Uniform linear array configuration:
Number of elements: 4
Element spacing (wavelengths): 1
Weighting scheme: kaiser
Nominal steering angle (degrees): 30
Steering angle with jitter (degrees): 28.855
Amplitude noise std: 0.05
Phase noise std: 0.05

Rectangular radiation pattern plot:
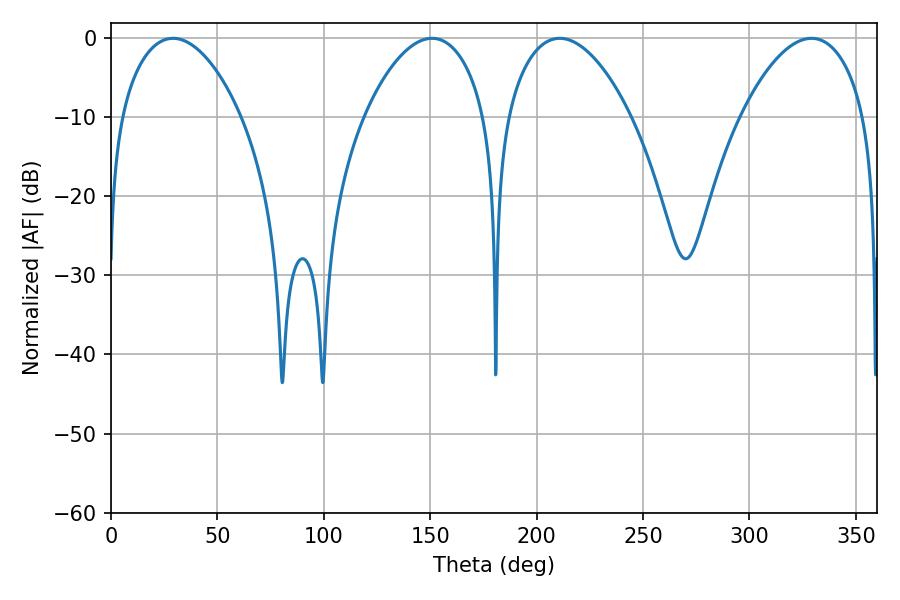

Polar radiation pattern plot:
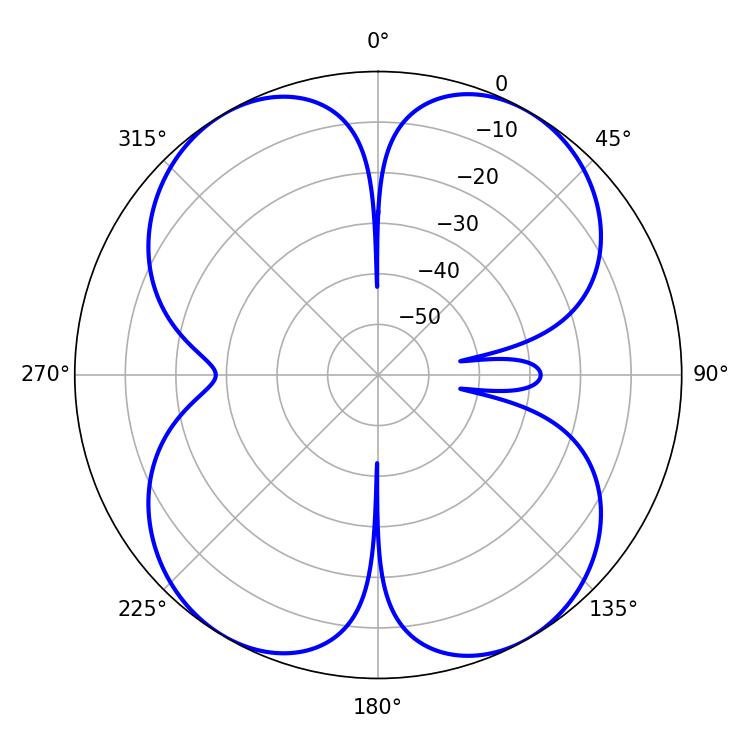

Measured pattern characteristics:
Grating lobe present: TRUE
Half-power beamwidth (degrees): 31.86
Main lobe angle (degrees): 29.16